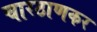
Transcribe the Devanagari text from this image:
चारठाणकर